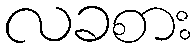
လခစား